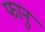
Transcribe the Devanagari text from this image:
फानु